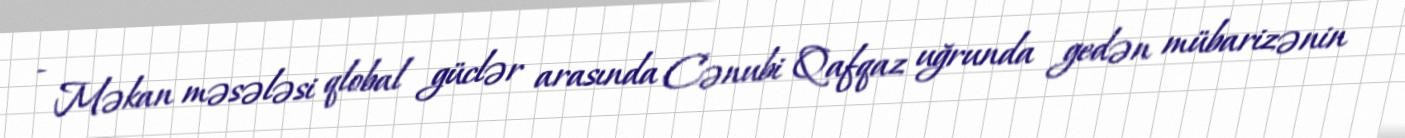
- Məkan məsələsi qlobal güclər arasında Cənubi Qafqaz uğrunda gedən mübarizənin